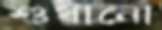
শুধানো